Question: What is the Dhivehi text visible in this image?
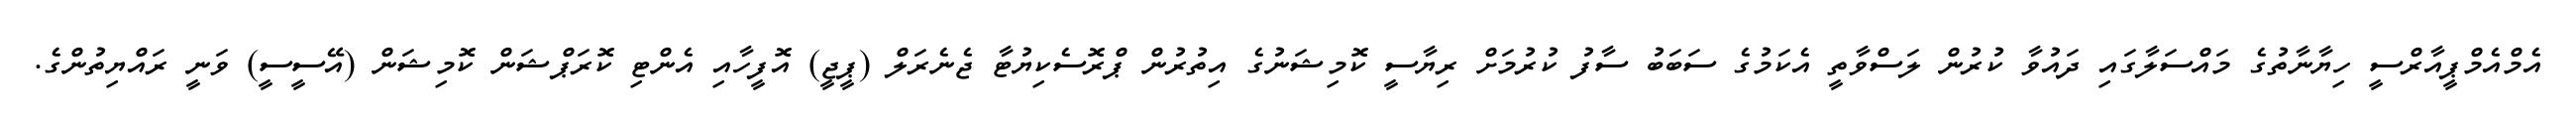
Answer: އެމްއެމްޕީއާރްސީ ހިޔާނާތުގެ މައްސަލާގައި ދައުވާ ކުރުން ލަސްވާތީ އެކަމުގެ ސަބަބު ސާފު ކުރުމަށް ރިޔާސީ ކޮމިޝަނުގެ އިތުރުން ޕްރޮސެކިޔުޓާ ޖެނެރަލް (ޕީޖީ) އޮފީހާއި އެންޓި ކޮރަޕްޝަން ކޮމިޝަން (އޭސީސީ) ވަނީ ރައްޔިތުންގެ.